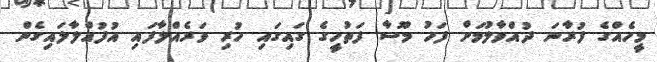
މީހެއްގެ ފުރާނަ ދުއްވާލުމަށް ފަހު މޫސާ ފަތުހީގެ ގައިގައި ހުރި ވަރެއްލާފައި އުފުއްލާލައިގެން